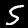
Label: 5